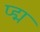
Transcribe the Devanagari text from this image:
प्द्म